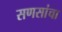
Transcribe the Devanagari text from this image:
सणसांचा